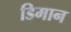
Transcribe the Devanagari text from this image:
डिमान